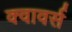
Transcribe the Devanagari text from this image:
क्वावर्स